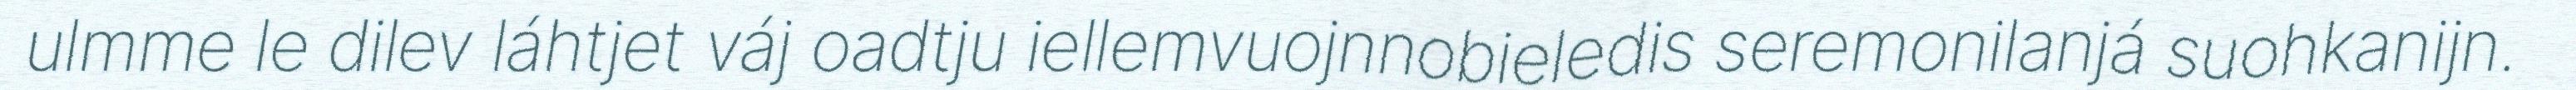
ulmme le dilev láhtjet váj oadtju iellemvuojnnobieledis seremonilanjá suohkanijn.